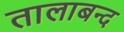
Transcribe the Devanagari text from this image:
तालाबन्द